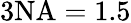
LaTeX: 3\mathrm{NA}=1.5